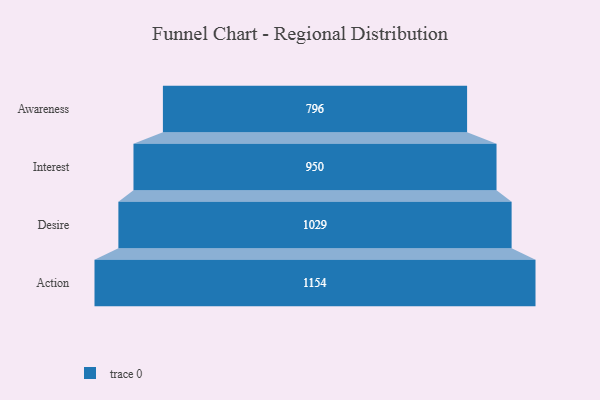
{"axis": {"x": "Stage", "y": "Value"}, "legend": [""], "data": [{"x": "Awareness", "y": 796.0, "type": ""}, {"x": "Interest", "y": 950.0, "type": ""}, {"x": "Desire", "y": 1029.0, "type": ""}, {"x": "Action", "y": 1154.0, "type": ""}]}